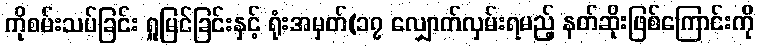
ကိုစမ်းသပ်ခြင်း ရှုမြင်ခြင်းနှင့် ရုံးအမှတ်(၁၇ လျှောက်လှမ်းရမည့် နတ်ဆိုးဖြစ်ကြောင်းကို